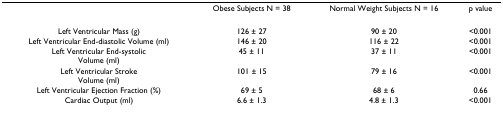
|  | Obese Subjects N = 38 | Normal Weight Subjects N = 16 | p value |
 | --- | --- | --- | --- |
 | Left Ventricular Mass (g) | 126 ± 27 | 90 ± 20 | <0.001 |
 | Left Ventricular End-diastolic Volume (ml) | 146 ± 20 | 116 ± 22 | <0.001 |
 | Left Ventricular End-systolicVolume (ml) | 45 ± 11 | 37 ± 11 | <0.001 |
 | Left Ventricular StrokeVolume (ml) | 101 ± 15 | 79 ± 16 | <0.001 |
 | Left Ventricular Ejection Fraction (%) | 69 ± 5 | 68 ± 6 | 0.66 |
 | Cardiac Output (ml) | 6.6 ± 1.3 | 4.8 ± 1.3 | <0.001 |